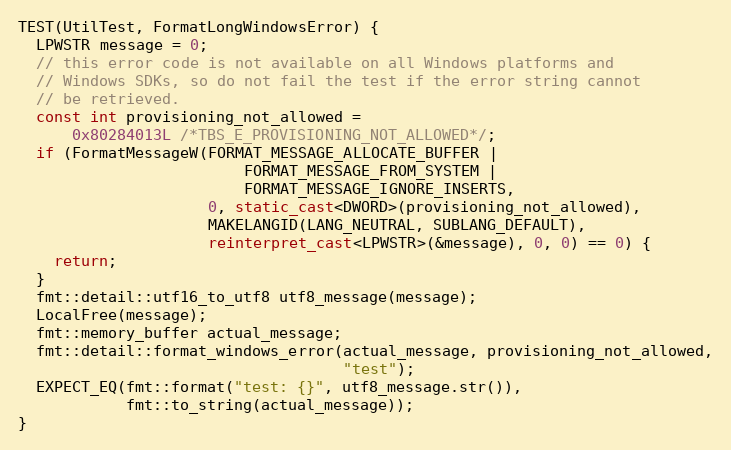
Language: C++
TEST(UtilTest, FormatLongWindowsError) {
  LPWSTR message = 0;
  // this error code is not available on all Windows platforms and
  // Windows SDKs, so do not fail the test if the error string cannot
  // be retrieved.
  const int provisioning_not_allowed =
      0x80284013L /*TBS_E_PROVISIONING_NOT_ALLOWED*/;
  if (FormatMessageW(FORMAT_MESSAGE_ALLOCATE_BUFFER |
                         FORMAT_MESSAGE_FROM_SYSTEM |
                         FORMAT_MESSAGE_IGNORE_INSERTS,
                     0, static_cast<DWORD>(provisioning_not_allowed),
                     MAKELANGID(LANG_NEUTRAL, SUBLANG_DEFAULT),
                     reinterpret_cast<LPWSTR>(&message), 0, 0) == 0) {
    return;
  }
  fmt::detail::utf16_to_utf8 utf8_message(message);
  LocalFree(message);
  fmt::memory_buffer actual_message;
  fmt::detail::format_windows_error(actual_message, provisioning_not_allowed,
                                    "test");
  EXPECT_EQ(fmt::format("test: {}", utf8_message.str()),
            fmt::to_string(actual_message));
}